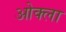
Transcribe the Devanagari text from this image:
ओक्ला